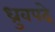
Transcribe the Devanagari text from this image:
ध्रुवपदे